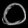
Digit: ၀